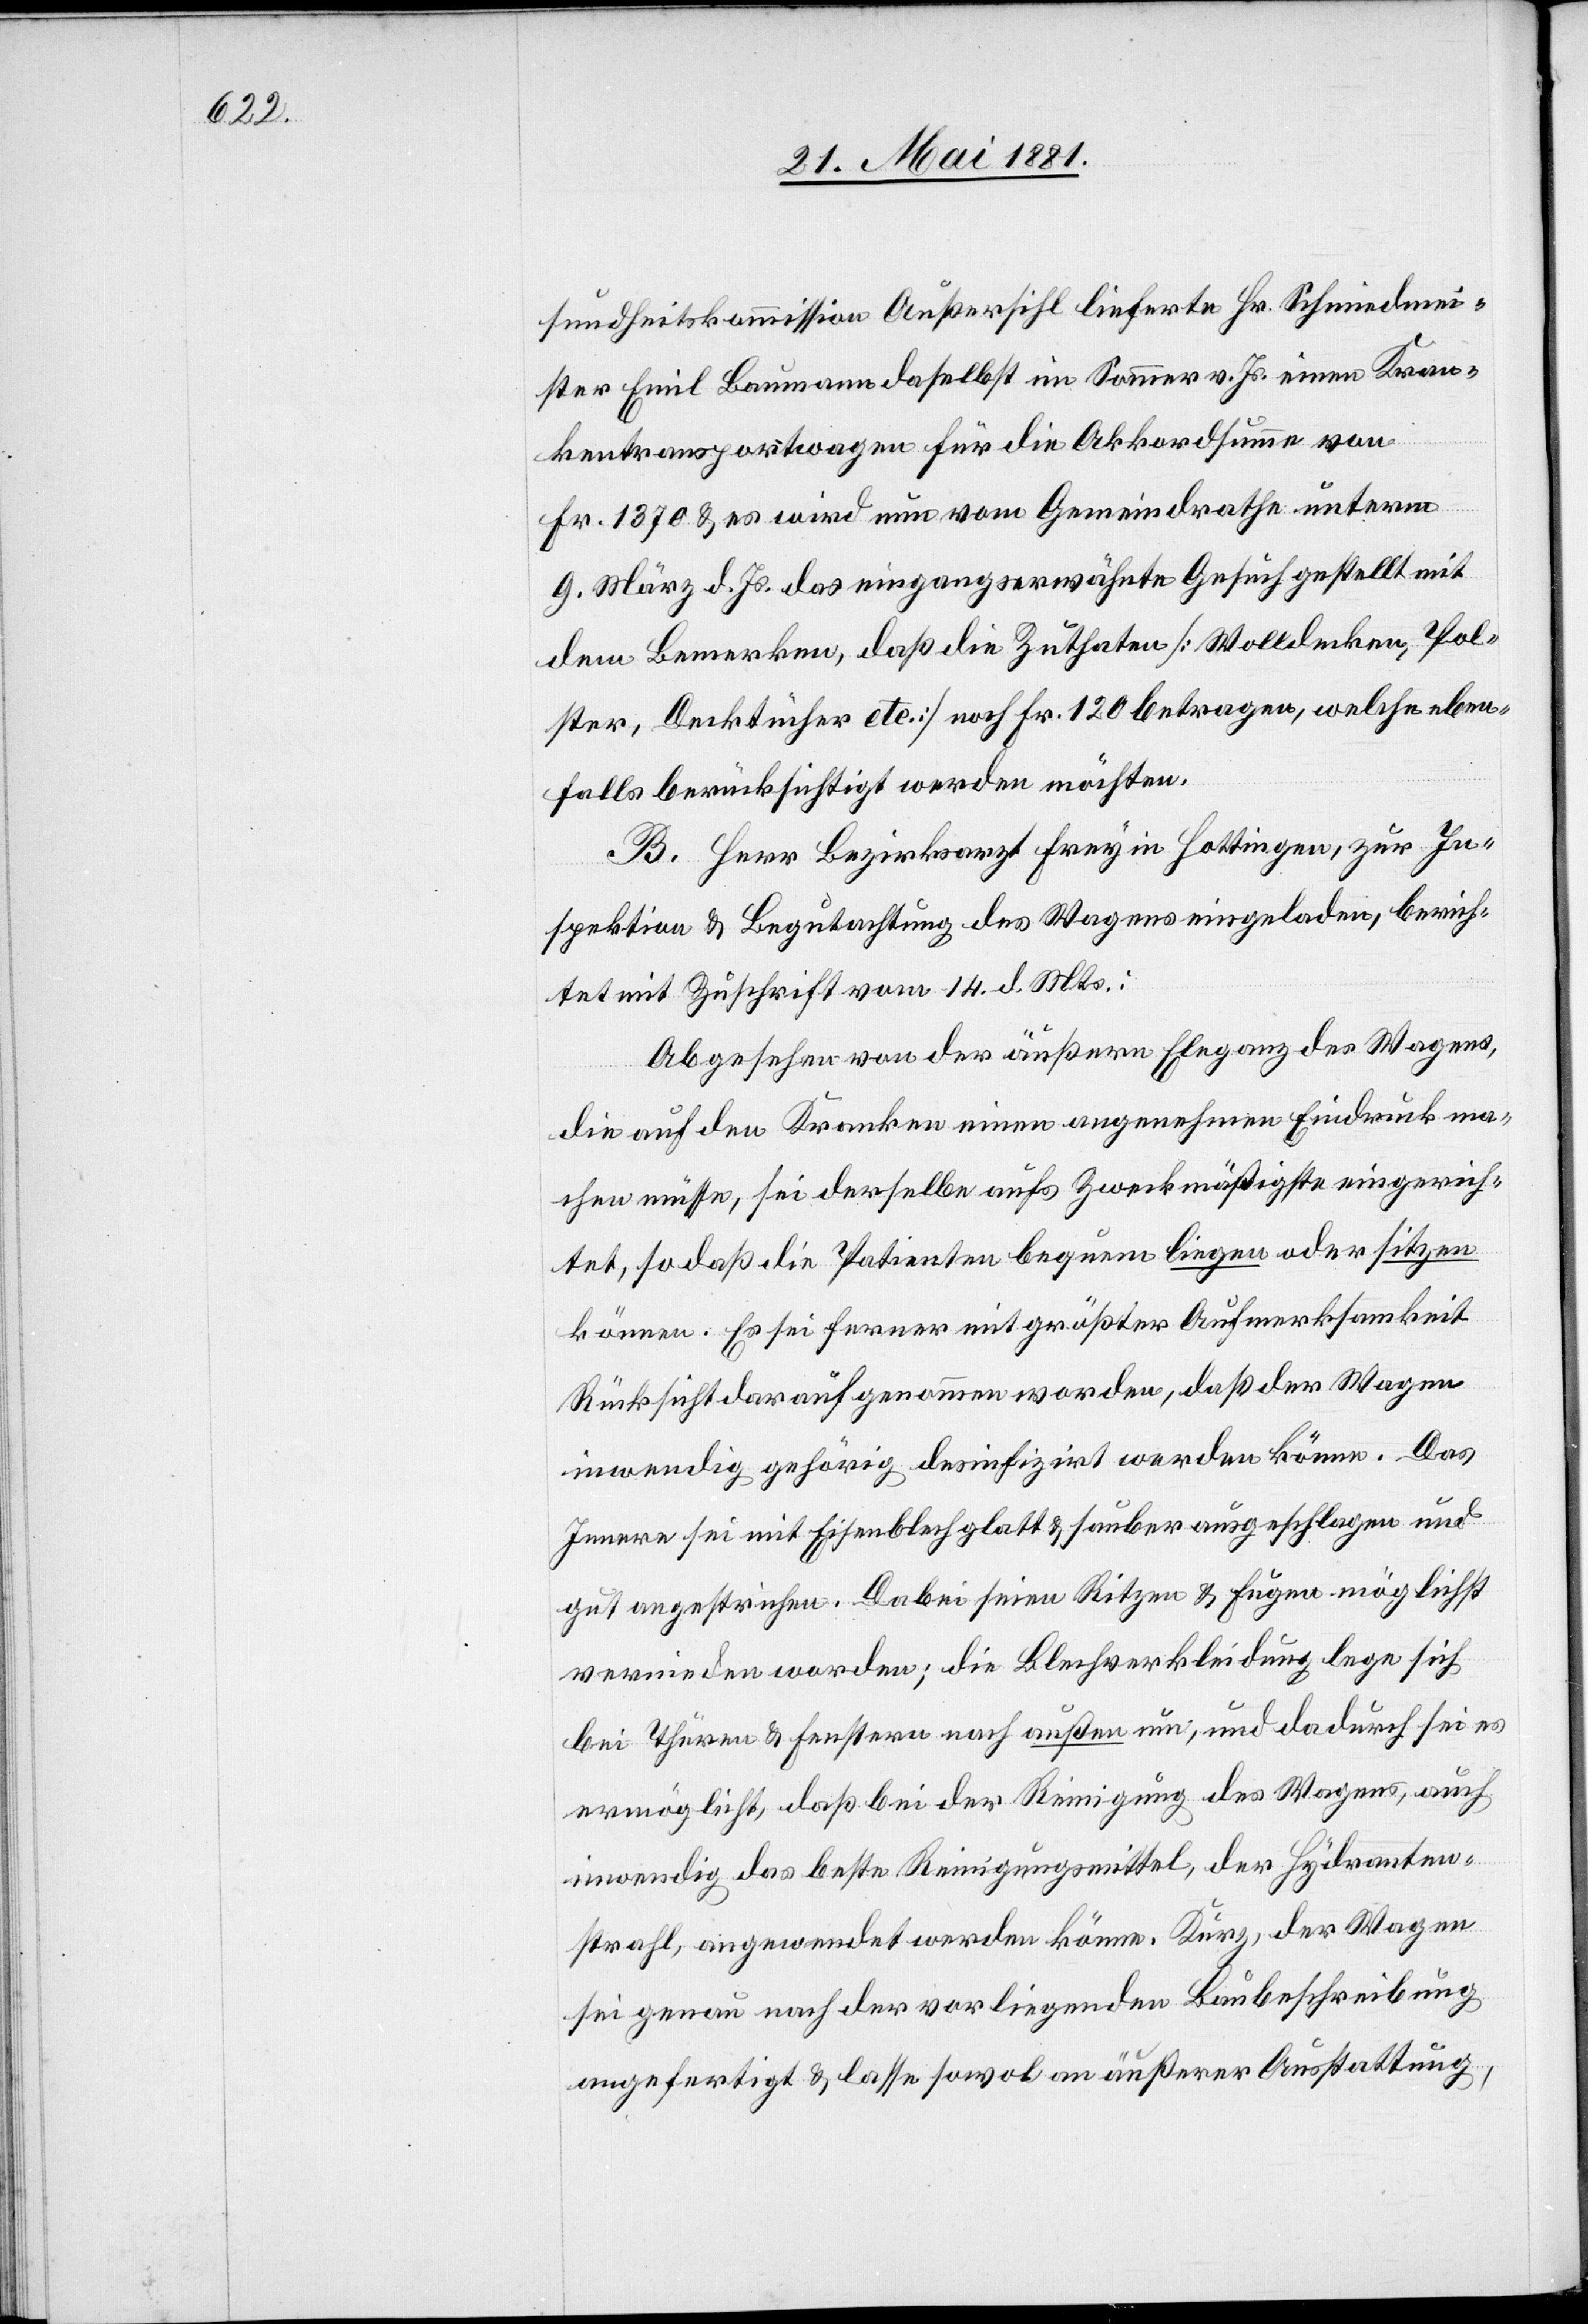
sundheitskommission Außersihl lieferte Hr. Schmiedmei¬
ster Emil Baumann daselbst im Sommer v. Jr. einen Kran¬
kentransportwagen für die Akkordsumme von
Fr. 1370 & es wird nun vom Gemeindrath unterm
9. März d. Js. das eingangs erwähnte Gesuch gestellt mit
dem Bemerken, daß die Zuthaten [Wolldecken, Pol¬
ster, Decktücher etc.] noch Fr. 120 betragen, welche eben¬
falls berücksichtigt werden möchten.
B. Herr Bezirksarzt Frey in Hottingen, zur In¬
spektion & Begutachtung des Wagens eingeladen, berich¬
tet mit Zuschrift vom 14. d. Mts.:
Abgesehen von der äußern Eleganz des Wagens,
die auf den Kranken einen angenehmen Eindruck ma¬
chen müsse, sei derselbe aufs Zweckmäßigste eingerich¬
tet, sodaß die Patienten bequem liegen oder sitzen
können. Es sei ferner mit größter Aufmerksamkeit
Rücksicht darüber genommen worden, daß der Wagen
inwendig gehörig desinfizirt werden könne. Das
Innere sei mit Eisenblech glatt & sauber ausgeschlagen und
gut angestrichen. Dabei seien Ritzen & Fugen möglichst
vermieden worden; die Blechverkleidung lege sich
bei Thüren & Fenstern nach außen um, und dadurch sei es
ermöglicht, daß bei der Reinigung des Wagens, auch
inwendig das beste Reinigungsmittel, der Hydranten¬
strahl, angewendet werden könne. Kurz, der Wagen
sei genau nach der vorliegenden Baubeschreibung
angefertigt & lasse sowol an äußerer Ausstattung,